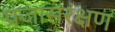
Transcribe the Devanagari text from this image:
प्रजासरंक्षण